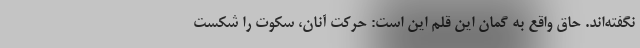
نگفته‌اند. حاقِ واقع به گمان این قلم این است: حرکت آنان، سکوت را شکست